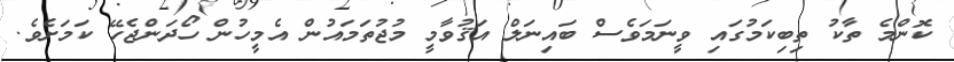
ކޮންމެ ތާކު ތިބިކަމުގައި ވީނަމަވެސް ބައިނަލް އަޤުވާމީ މުޖުތަމައުން އެމީހުން ހޯދަންޖެހޭ ކަމަށެވެ.